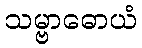
သမ္ဗာဓောယံ